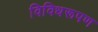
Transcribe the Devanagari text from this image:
विविधरूपण